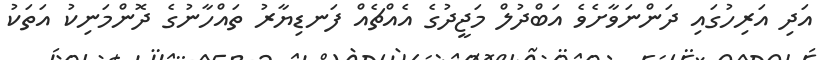
އަދި އަރިހުގައި ދަންނަވާށެވެ އަބްދުލް މަޖީދުގެ އެއްޗެއް ފަނޑިޔާރު ތައްހާނުގެ ދޮންމަނިކު އަތަކު